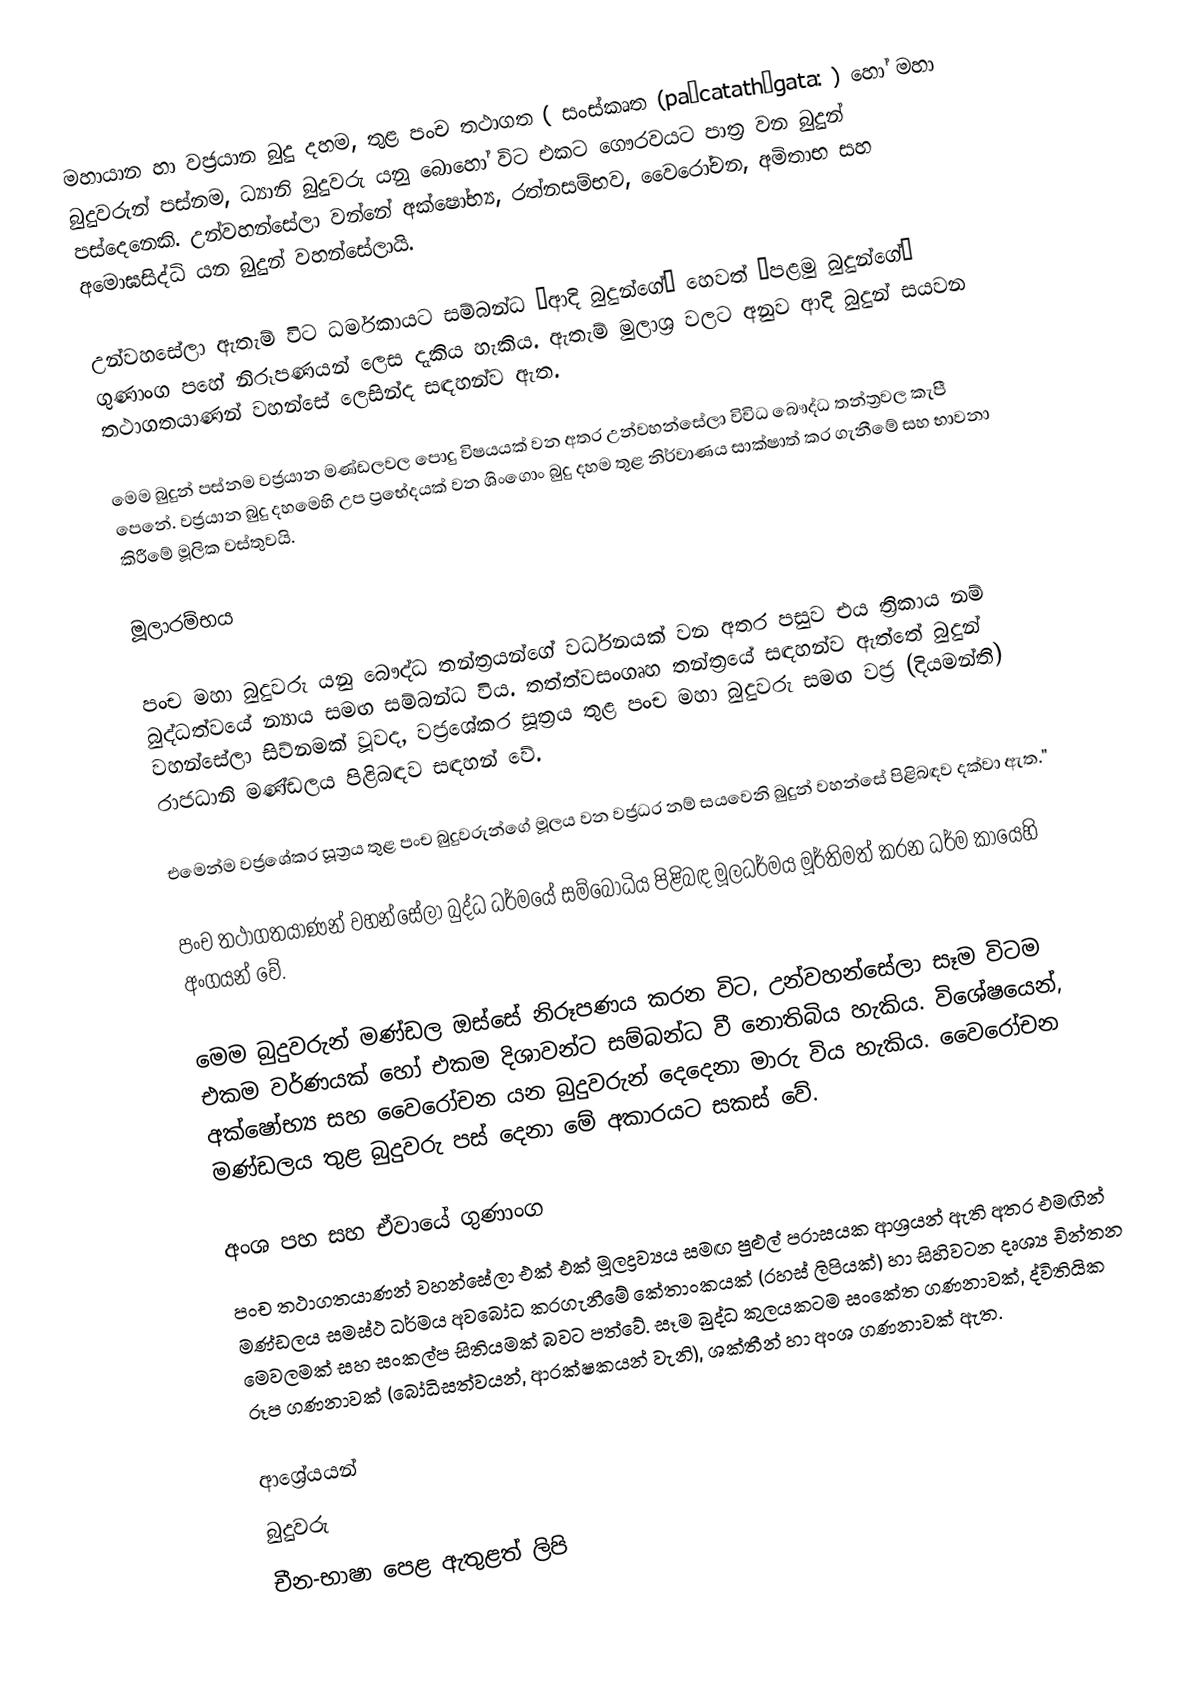
මහායාන හා වජ්‍රයාන බුදු දහම, තුළ පංච තථාගත ( සංස්කෘත (pañcatathāgata: ) හෝ මහා බුදුවරුන් පස්නම, ධ්‍යානි බුදුවරු යනු බොහෝ විට එකට ගෞරවයට පාත්‍ර වන බුදුන් පස්දෙනෙකි. උන්වහන්සේලා වන්නේ අක්ෂෝභ්‍ය, රත්නසම්භව,  වෛරෝචන, අමිතාභ සහ අමොඝසිද්ධි යන බුදුන් වහන්සේලායි.

උන්වහසේලා ඇතැම් විට ධර්මකායට සම්බන්ධ “ආදි බුදුන්ගේ” හෙවත් “පළමු බුදුන්ගේ” ගුණාංග පහේ නිරූපණයන් ලෙස දැකිය හැකිය. ඇතැම් මුලාශ්‍ර වලට අනුව ආදි බුදුන් සයවන තථාගතයාණන් වහන්සේ ලෙසින්ද සඳහන්ව ඇත.

මෙම බුදුන් පස්නම වජ්‍රයාන මණ්ඩලවල පොදු විෂයයක් වන අතර උන්වහන්සේලා විවිධ බෞද්ධ තන්ත්‍රවල කැපී පෙනේ. වජ්‍රයාන බුදු දහමෙහි උප ප්‍රභේදයක් වන ශිංගොං බුදු දහම තුළ නිර්වාණය සාක්ෂාත් කර ගැනීමේ සහ භාවනා කිරීමේ මූලික වස්තුවයි.

මූලාරම්භය

පංච මහා බුදුවරු යනු බෞද්ධ තන්ත්‍රයන්ගේ වර්ධනයක් වන අතර පසුව එය ත්‍රිකාය නම් බුද්ධත්වයේ න්‍යාය සමඟ සම්බන්ධ විය. තත්ත්වසංගෘහ තන්ත්‍රයේ සඳහන්ව ඇත්තේ බුදුන් වහන්සේලා සිව්නමක් වූවද, වජ්‍රශේකර සූත්‍රය තුළ පංච මහා බුදුවරු සමඟ  වජ්‍ර (දියමන්ති) රාජධානි මණ්ඩලය පිළිබඳව සඳහන් වේ.

එමෙන්ම වජ්‍රශේකර සූත්‍රය තුළ පංච බුදුවරුන්ගේ මූලය වන වජ්‍රධර නම් සයවෙනි බුදුන් වහන්සේ පිළිබඳව දක්වා ඇත."

පංච තථාගතයාණන් වහන්සේලා බුද්ධ ධර්මයේ සම්බෝධිය පිළිබඳ මූලධර්මය මූර්තිමත් කරන ධර්ම කායෙහි අංගයන් වේ.

මෙම බුදුවරුන් මණ්ඩල ඔස්සේ නිරූපණය කරන විට, උන්වහන්සේලා සෑම විටම එකම වර්ණයක් හෝ එකම දිශාවන්ට සම්බන්ධ වී නොතිබිය හැකිය. විශේෂයෙන්, අක්ෂෝභ්‍ය සහ වෛරෝචන යන බුදුවරුන් දෙදෙනා මාරු විය හැකිය. වෛරෝචන මණ්ඩලය තුළ බුදුවරු පස් දෙනා මේ අකාරයට සකස් වේ.

අංශ පහ සහ ඒවායේ ගුණාංග
පංච තථාගතයාණන් වහන්සේලා එක් එක් මූලද්‍රව්‍යය සමඟ පුළුල් පරාසයක ආශ්‍රයන් ඇති අතර එමඟින් මණ්ඩලය සමස්ථ ධර්මය අවබෝධ කරගැනීමේ කේතාංකයක් (රහස් ලිපියක්) හා සිහිවටන දෘශ්‍ය චින්තන මෙවලමක් සහ සංකල්ප සිතියමක් බවට පත්වේ. සෑම බුද්ධ කුලයකටම සංකේත ගණනාවක්, ද්විතියික රූප ගණනාවක් (බෝධිසත්වයන්, ආරක්ෂකයන් වැනි), ශක්තීන් හා අංශ ගණනාවක් ඇත.

ආශ්‍රේයයන්
බුදුවරු
චීන-භාෂා පෙළ ඇතුළත් ලිපි